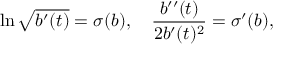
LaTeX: \ln \sqrt { b ^ { \prime } ( t ) } = \sigma ( b ) , ~ ~ ~ \frac { b ^ { \prime \prime } ( t ) } { 2 b ^ { \prime } ( t ) ^ { 2 } } = \sigma ^ { \prime } ( b ) ,